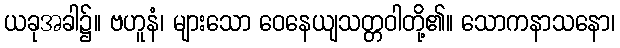
ယခုအခါ၌။ ဗဟူနံ၊ များသော ဝေနေယျသတ္တဝါတို့၏။ သောကနာသနော၊